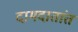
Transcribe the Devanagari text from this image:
दामदातांत